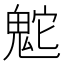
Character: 𩲮